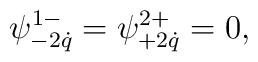
\psi^{1-}_{-2\dot q}=\psi^{2+}_{+2\dot q}=0,